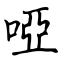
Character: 啞